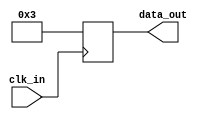
module data_gen_source (
  data_out, 
  clk_in
);

output reg [31 : 0] data_out;
input wire clk_in;

always @ (posedge  clk_in) begin
    data_out <= 32'd3;
end
    
endmodule